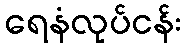
ရေနံလုပ်ငန်း